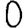
Digit: 0